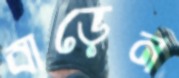
বাড়েন